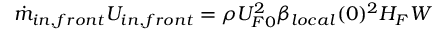
\Dot { m } _ { i n , f r o n t } U _ { i n , f r o n t } = \rho U _ { F 0 } ^ { 2 } \beta _ { l o c a l } ( 0 ) ^ { 2 } H _ { F } W